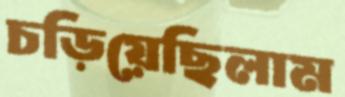
চড়িয়েছিলাম